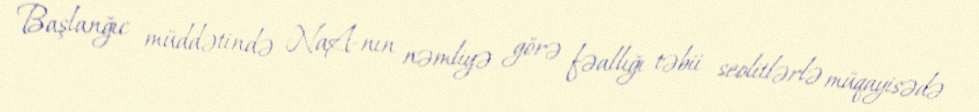
Başlanğıc müddətində NaA-nın nəmliyə görə fəallığı təbii seolitlərlə müqayisədə